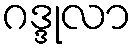
ဂဒ္ဒုလာ